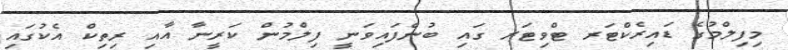
މިފިލްމުގެ ޑައިރެކްޓަރ ޓްވިޓަރ ގައި ބުނެފައިވަނީ ފިލްމުން ކަރީނާ އާއި ރިތިކް އެކުގައި